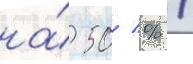
на́ 50 % /